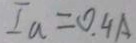
I _ { a } = 0 . 4 A